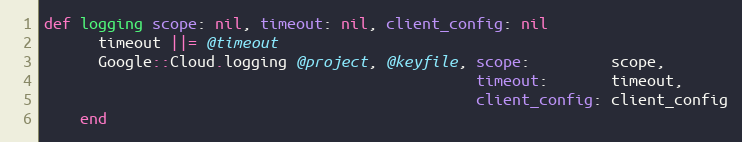
Language: Ruby
def logging scope: nil, timeout: nil, client_config: nil
      timeout ||= @timeout
      Google::Cloud.logging @project, @keyfile, scope:         scope,
                                                timeout:       timeout,
                                                client_config: client_config
    end